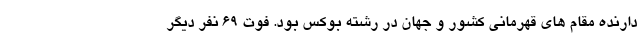
دارنده مقام های قهرمانی کشور و جهان در رشته بوکس بود. فوت 69 نفر دیگر